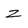
Character: z